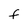
Character: F